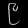
Digit: ၉